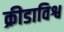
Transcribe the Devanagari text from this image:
क्रीडाविश्व